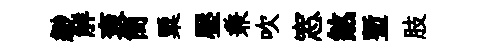
緲觧衮簡粟壓兼吹窓煞塹肢